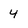
Character: 4